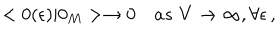
LaTeX: < 0 ( \epsilon ) | 0 _ { M } > \to 0 \quad a s \, \, V \to \infty , \forall \epsilon \, { , }